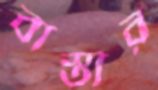
বাস্তার